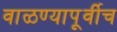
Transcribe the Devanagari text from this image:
वाळण्यापूर्वीच